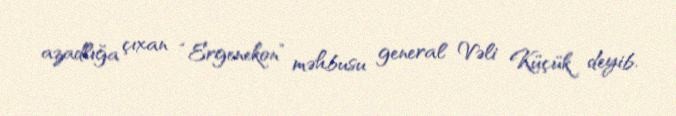
azadlığa çıxan “Ergenekon” məhbusu general Vəli Küçük deyib.